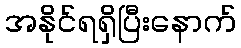
အနိုင်ရရှိပြီးနောက်